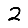
Digit: 2